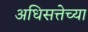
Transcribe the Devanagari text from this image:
अधिसत्तेच्या